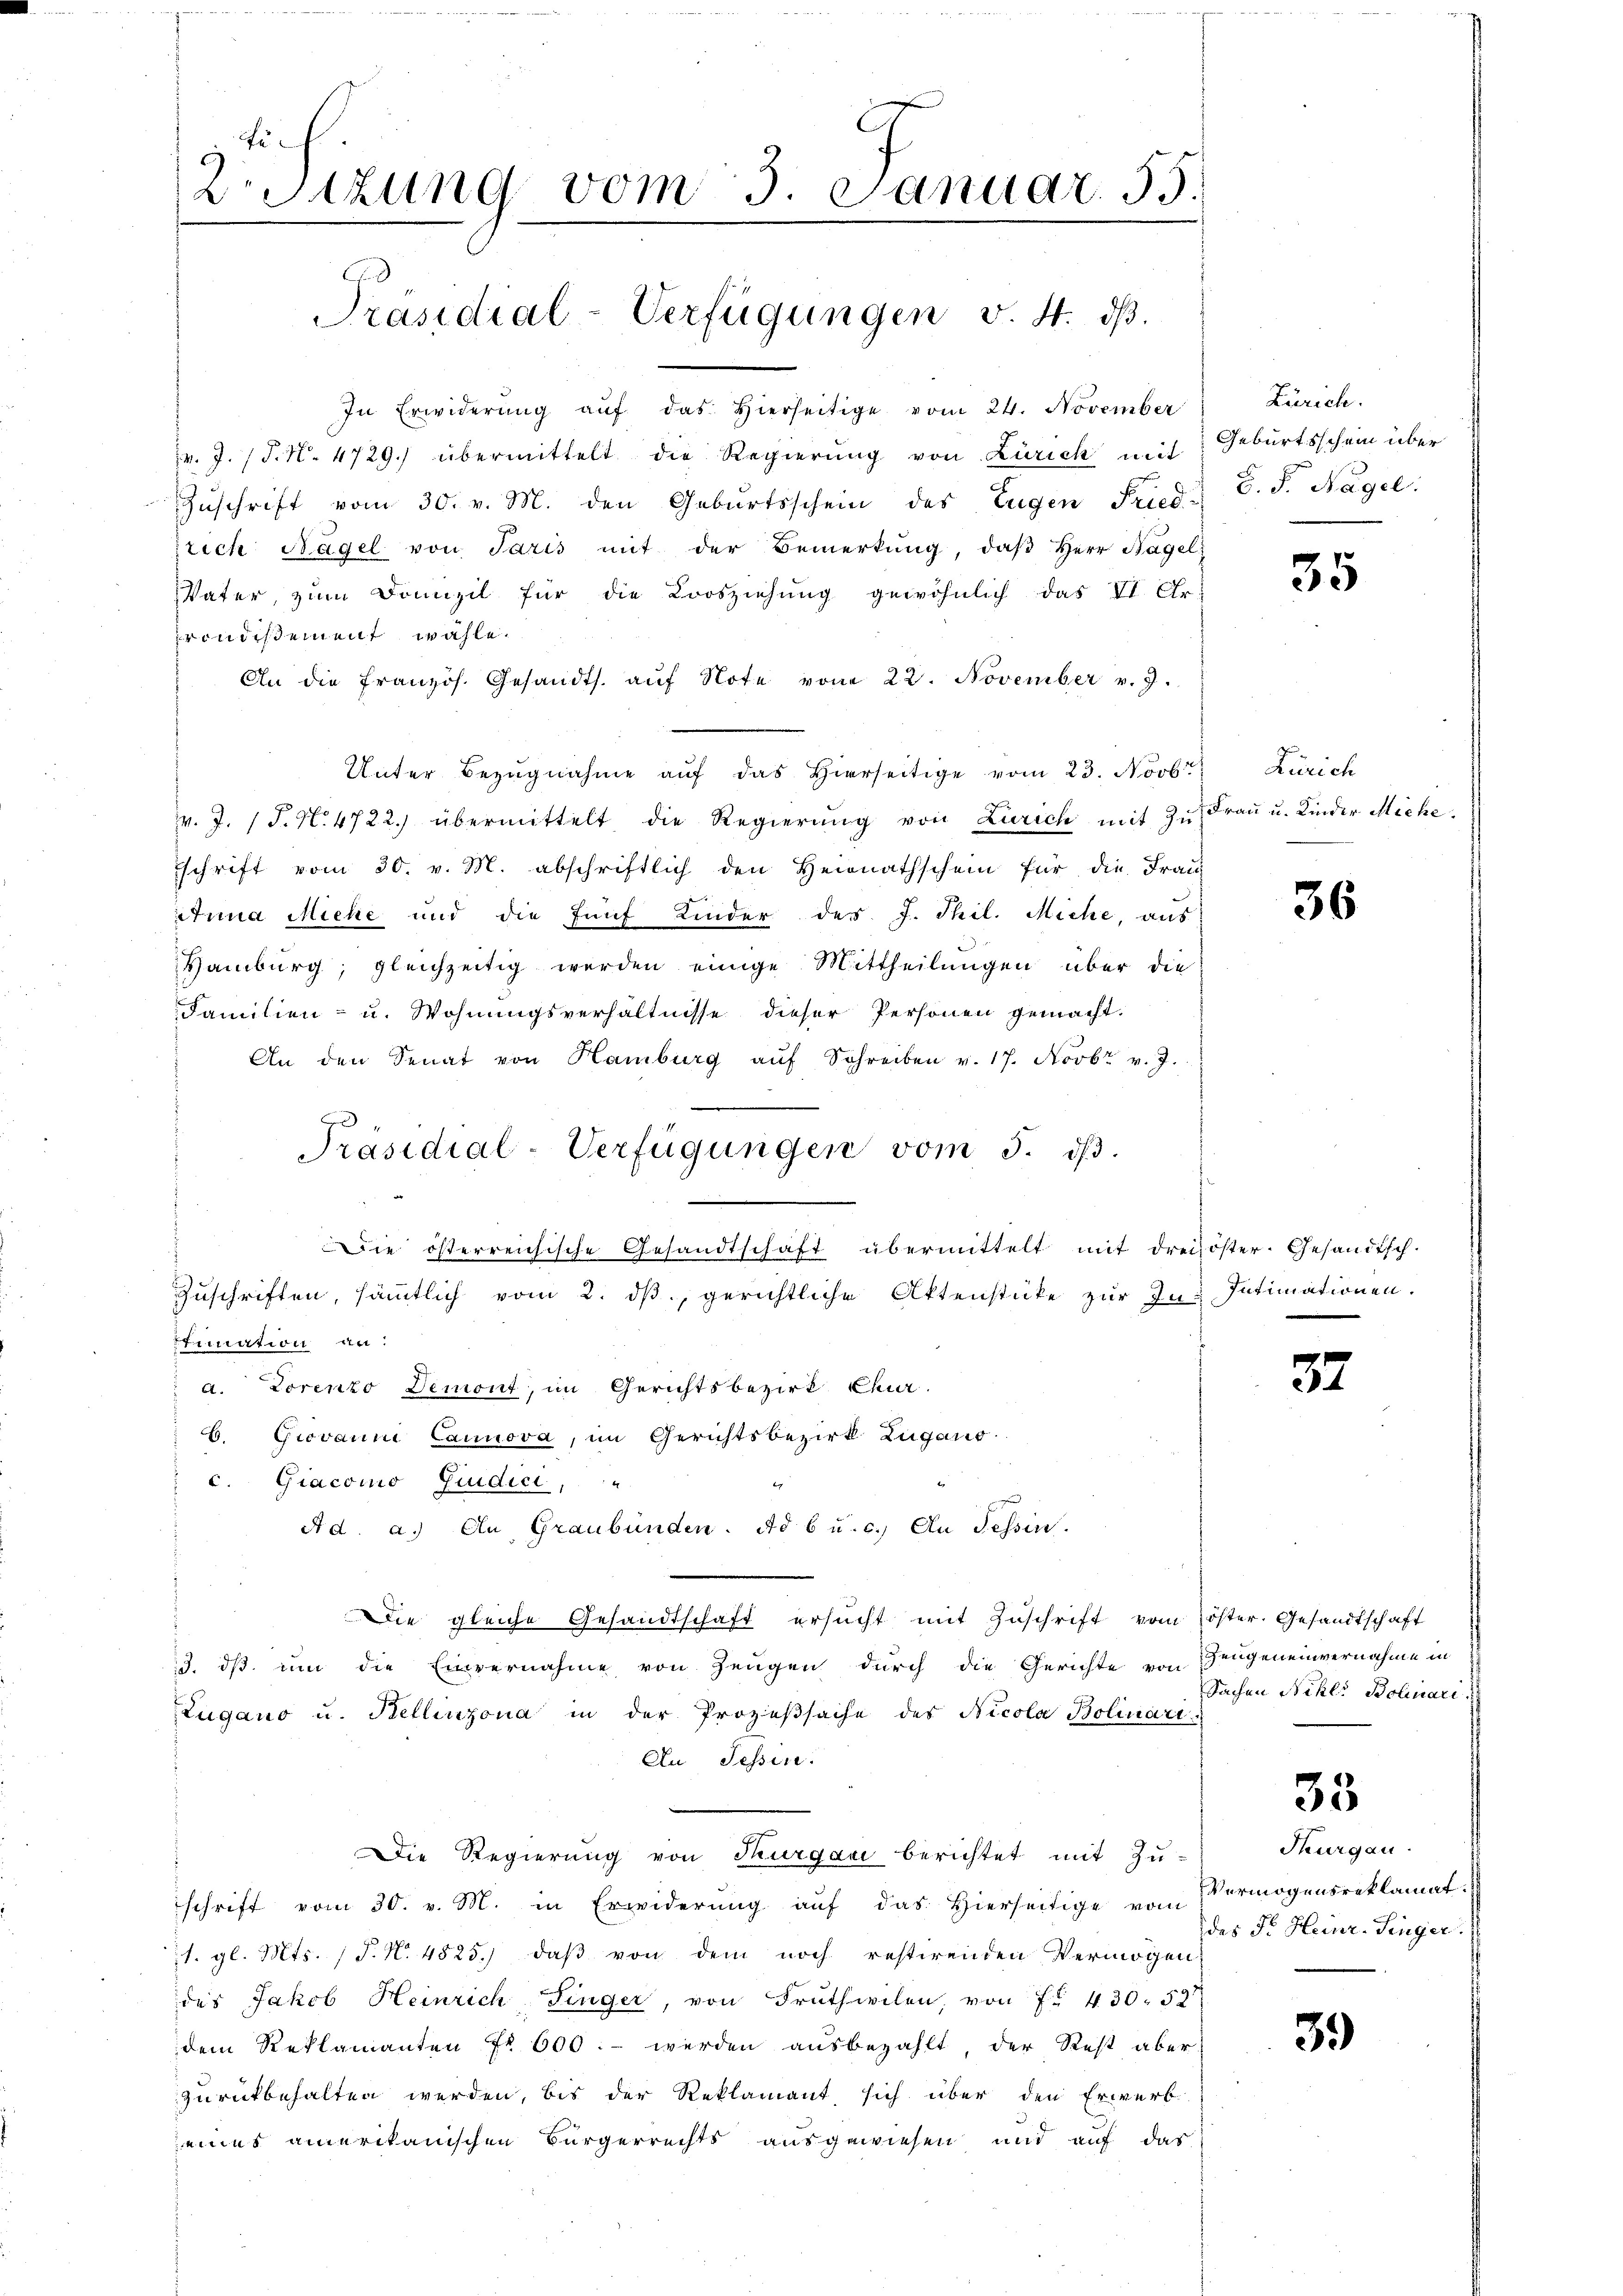
Fi
2r Sitzung vom 3. Januar. 55.
Präsidial-Verfügungen v. 4. dβ.

Präsidial-Verfügungen vom 5. dβ.

Die österreichische Gesandtschaft übermittelt mit dreizöster Gesandtsch-
Zuschriften, sämmtlich vom 2. ds., gerichtliche Aktenstücke zur Ins Intimationen.

In Erwiderŭng aŭf das hierseitige vom 24. November
v. J. P. N. 4729.) übermittelt die Regierŭng von Zürich mit
Zŭschrift vom 30. v. M. den Geburtsschein des Eugen Fried
srich Nagel von Paris mit der Bemerkŭng, daβ Herr Nagel
VVater, zum Domizil für die Loosziehung gewöhnlich das VI Ar
prondisement wähle.
An die französ. Gesandts. aŭf Note vom 22. November v. 9.
Unter Bezŭgnahme aŭf das hierseitige vom 23. Novbr
. J. J. N. 4722. übermittelt die Regierŭng von Zürich mit zu Frau u. Kinder Miche
schrift vom 30. v. M. abschriftlich den Heionathschein für die Frau
Anna Miche und die fünf Kinder des J. Phil. Miche, aus
Hamburg, gleichzeitig werden einige Mittheilungen über die
Familien- u. Wohnungsverhältnisse dieser Personen gemacht.
An den Senat von Hamburg aŭf Schreiben v. 17. Novbr v. J.
timation an:
a. Lorenzo Demont, im Gerichtsbezirk Charb. Giovanni Cannova, im Gerichtsbezirk Zugano
c. Giacoino Giudici, "
Ad. a.) An Graubünden. Ad b u. c. An Tessin.
Die gleiche Gesandtschaft ersucht mit Zuschrift vom öster. Gesandtschaft
3. dß um die Einvernahme von Zeugen durch die Gerichte von
Zugano u. Kellinzona in der Prozeßsache des Nicola Bolinari
An Tessin.
Die Regierung von Thurgau berichtet mit Zu-
schrift vom 30. v. M. in Erwiderŭng aŭf das hierseitige vom Vermögensreklamat.
1. gl. Mts. (T. N. 4825.) daß von dem noch restirenden Vermögen
des Jakob Heinrich Finger, von Fruthwilen, von f. 430. 52
dem Reklamanten Fr. 600.- werden ausbezahlt, der Rest aber
zurückbehalten werden, bis der Reklamant sich über den Erwerb
eines amerikanischen Bürgerrechts ausgewiesen, und auf das

Zürich.
Geburtsschein über
J. F. Nagel.

35

Zürich

36

37

zengeneinvernahme in
Sachen Nikl. Bolinari

33

Thurgau.
des Fr. Heinr. Singer.

39)